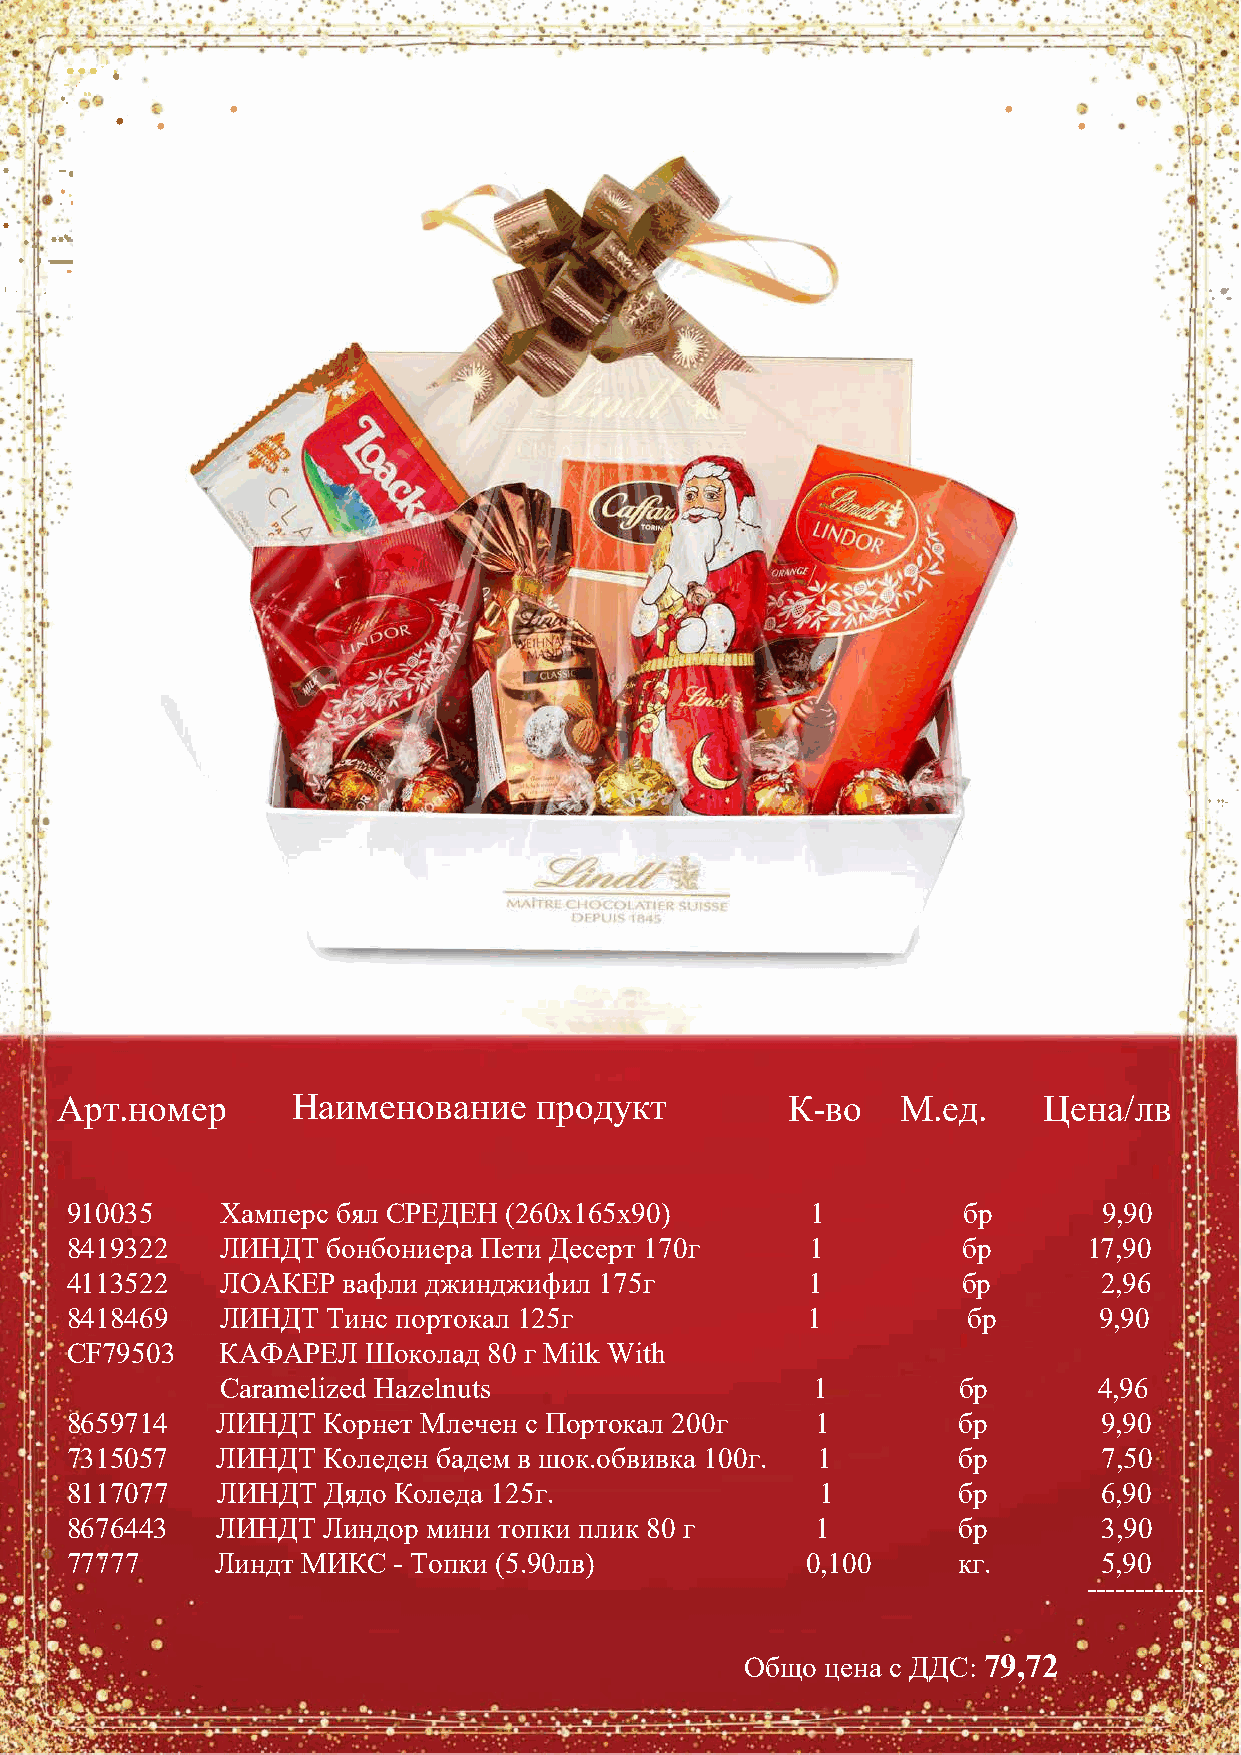
...
 .
 .
 ·'
 .... ..
 ,:
 •.
 •                                                  •
 • •                                                            •
 .   ...
 -
 •
 ..
 .   .      •                                                           •
 ...
 :·, •. ..=
 --
 ... .. ·
 1 ·- .•.                                                                        ·. •:.
 1 • • •. -
 Арт.номер      Наименование    продукт          К-во    М.ед.    Цена/лв
 910035     Хамперс бял СРЕДЕН (260х165х90)        1         бр       9,90
 8419322    ЛИНДТ  бонбониера Пети Десерт 170г     1         бр      17,90
 4113522    ЛОАКЕР  вафли джинджифил 175г         1          бр       2,96
 8418469    ЛИНДТ  Тинс портокал 125г             1          бр       9,90
 CF79503    КАФАРЕЛ  Шоколад 80 г Milk With
 Caramelized Hazelnuts                  1        бр        4,96
 8659714   ЛИНДТ  Корнет Млечен с Портокал 200г    1        бр        9,90
 7315057   ЛИНДТ  Коледен бадем в шок.обвивка 100г. 1       бр        7,50
 8117077   ЛИНДТ  Дядо Коледа 125г.                1        бр        6,90
 8676443   ЛИНДТ  Линдор мини топки плик 80 г      1        бр        3,90
 77777     Линдт МИКС  - Топки (5.90лв)           0,100     кг.       5,90
 ------------
 Общо  цена с ДДС: 79,72       :